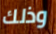
وذلك